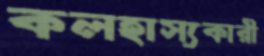
কলহাস্যকারী